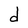
Character: d